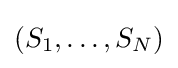
(S_{1},\ldots ,S_{N})